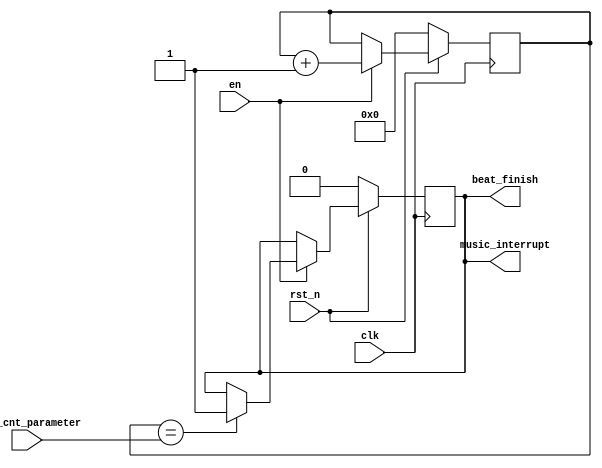
module beat_cnt(
    input clk,
    input en,
    input rst_n,
    input [27:0] beat_cnt_parameter,
    output reg beat_finish,
    output music_interrupt
);
reg [27:0] cnt;
always @(posedge clk ) begin
    if(!rst_n)begin
        cnt<=28'd0;
        beat_finish<=1'd0;
    end   
    else begin
        if(en)begin
            if(cnt == beat_cnt_parameter)begin
                beat_finish <= 1'd1;
                cnt <= 1'd0;
            end
            cnt <= cnt + 1'd1;
        end
    end
end
assign music_interrupt=beat_finish;
endmodule